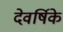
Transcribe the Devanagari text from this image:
देवर्षिके